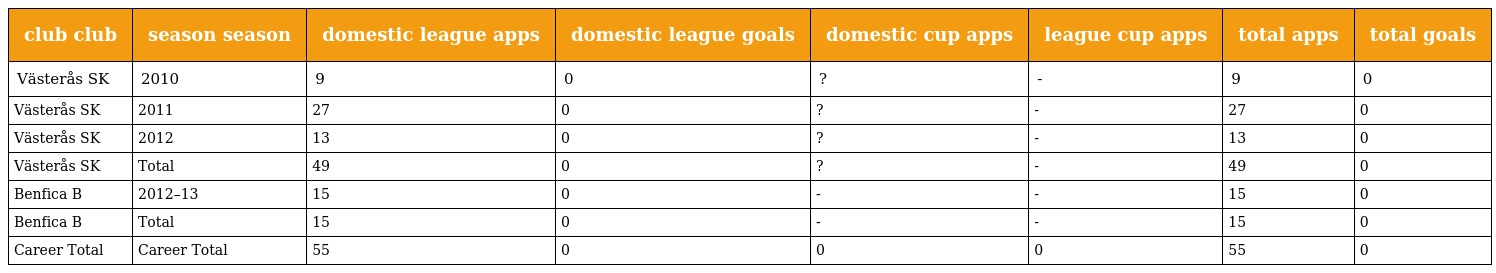
| club club | season season | domestic league apps | domestic league goals | domestic cup apps | league cup apps | total apps | total goals |
 | --- | --- | --- | --- | --- | --- | --- | --- |
 | Västerås SK | 2010 | 9 | 0 | ? | - | 9 | 0 |
 | Västerås SK | 2011 | 27 | 0 | ? | - | 27 | 0 |
 | Västerås SK | 2012 | 13 | 0 | ? | - | 13 | 0 |
 | Västerås SK | Total | 49 | 0 | ? | - | 49 | 0 |
 | Benfica B | 2012–13 | 15 | 0 | - | - | 15 | 0 |
 | Benfica B | Total | 15 | 0 | - | - | 15 | 0 |
 | Career Total | Career Total | 55 | 0 | 0 | 0 | 55 | 0 |